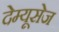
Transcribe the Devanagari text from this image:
देम्यूसेज